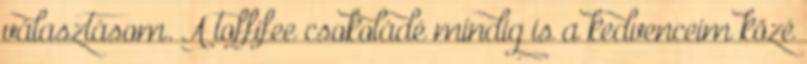
választásom. A toffifee csokoládé mindig is a kedvenceim közé